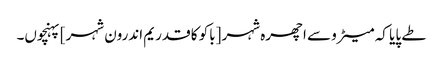
طے پایا کہ میٹرو سے اچھرہ شہر [باکو کا قدریم اندرون شہر] پہنچوں۔